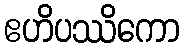
ဧဟိပဿိကော